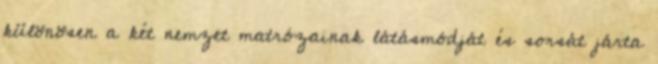
különösen a két nemzet matrózainak látásmódját és sorsát járta